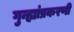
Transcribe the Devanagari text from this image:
गुन्ह्यांप्रकरणी